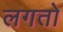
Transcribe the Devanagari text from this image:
लगतो